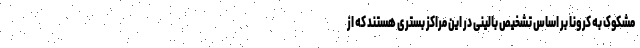
مشکوک به کرونا بر اساس تشخیص بالینی در این مراکز بستری هستند که از